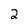
Character: 2